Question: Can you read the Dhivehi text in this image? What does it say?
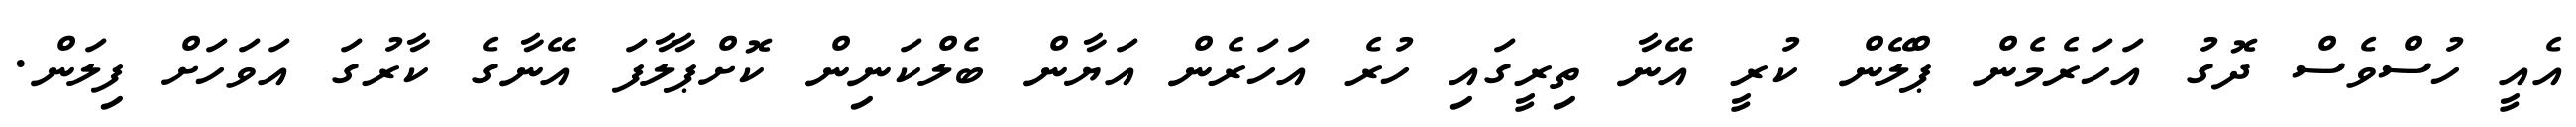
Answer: އެއީ ހުސްވެސް ދޮގު އަހަރެމެން ޕްލޭން ކުރީ އޭނާ ތިރީގައި ހުރެ އަހަރެން އަޔާން ބެލްކަނިން ކޮށްޕާލާފަ އޭނާގެ ކާރުގަ އަވަހަށް ފިލަން.